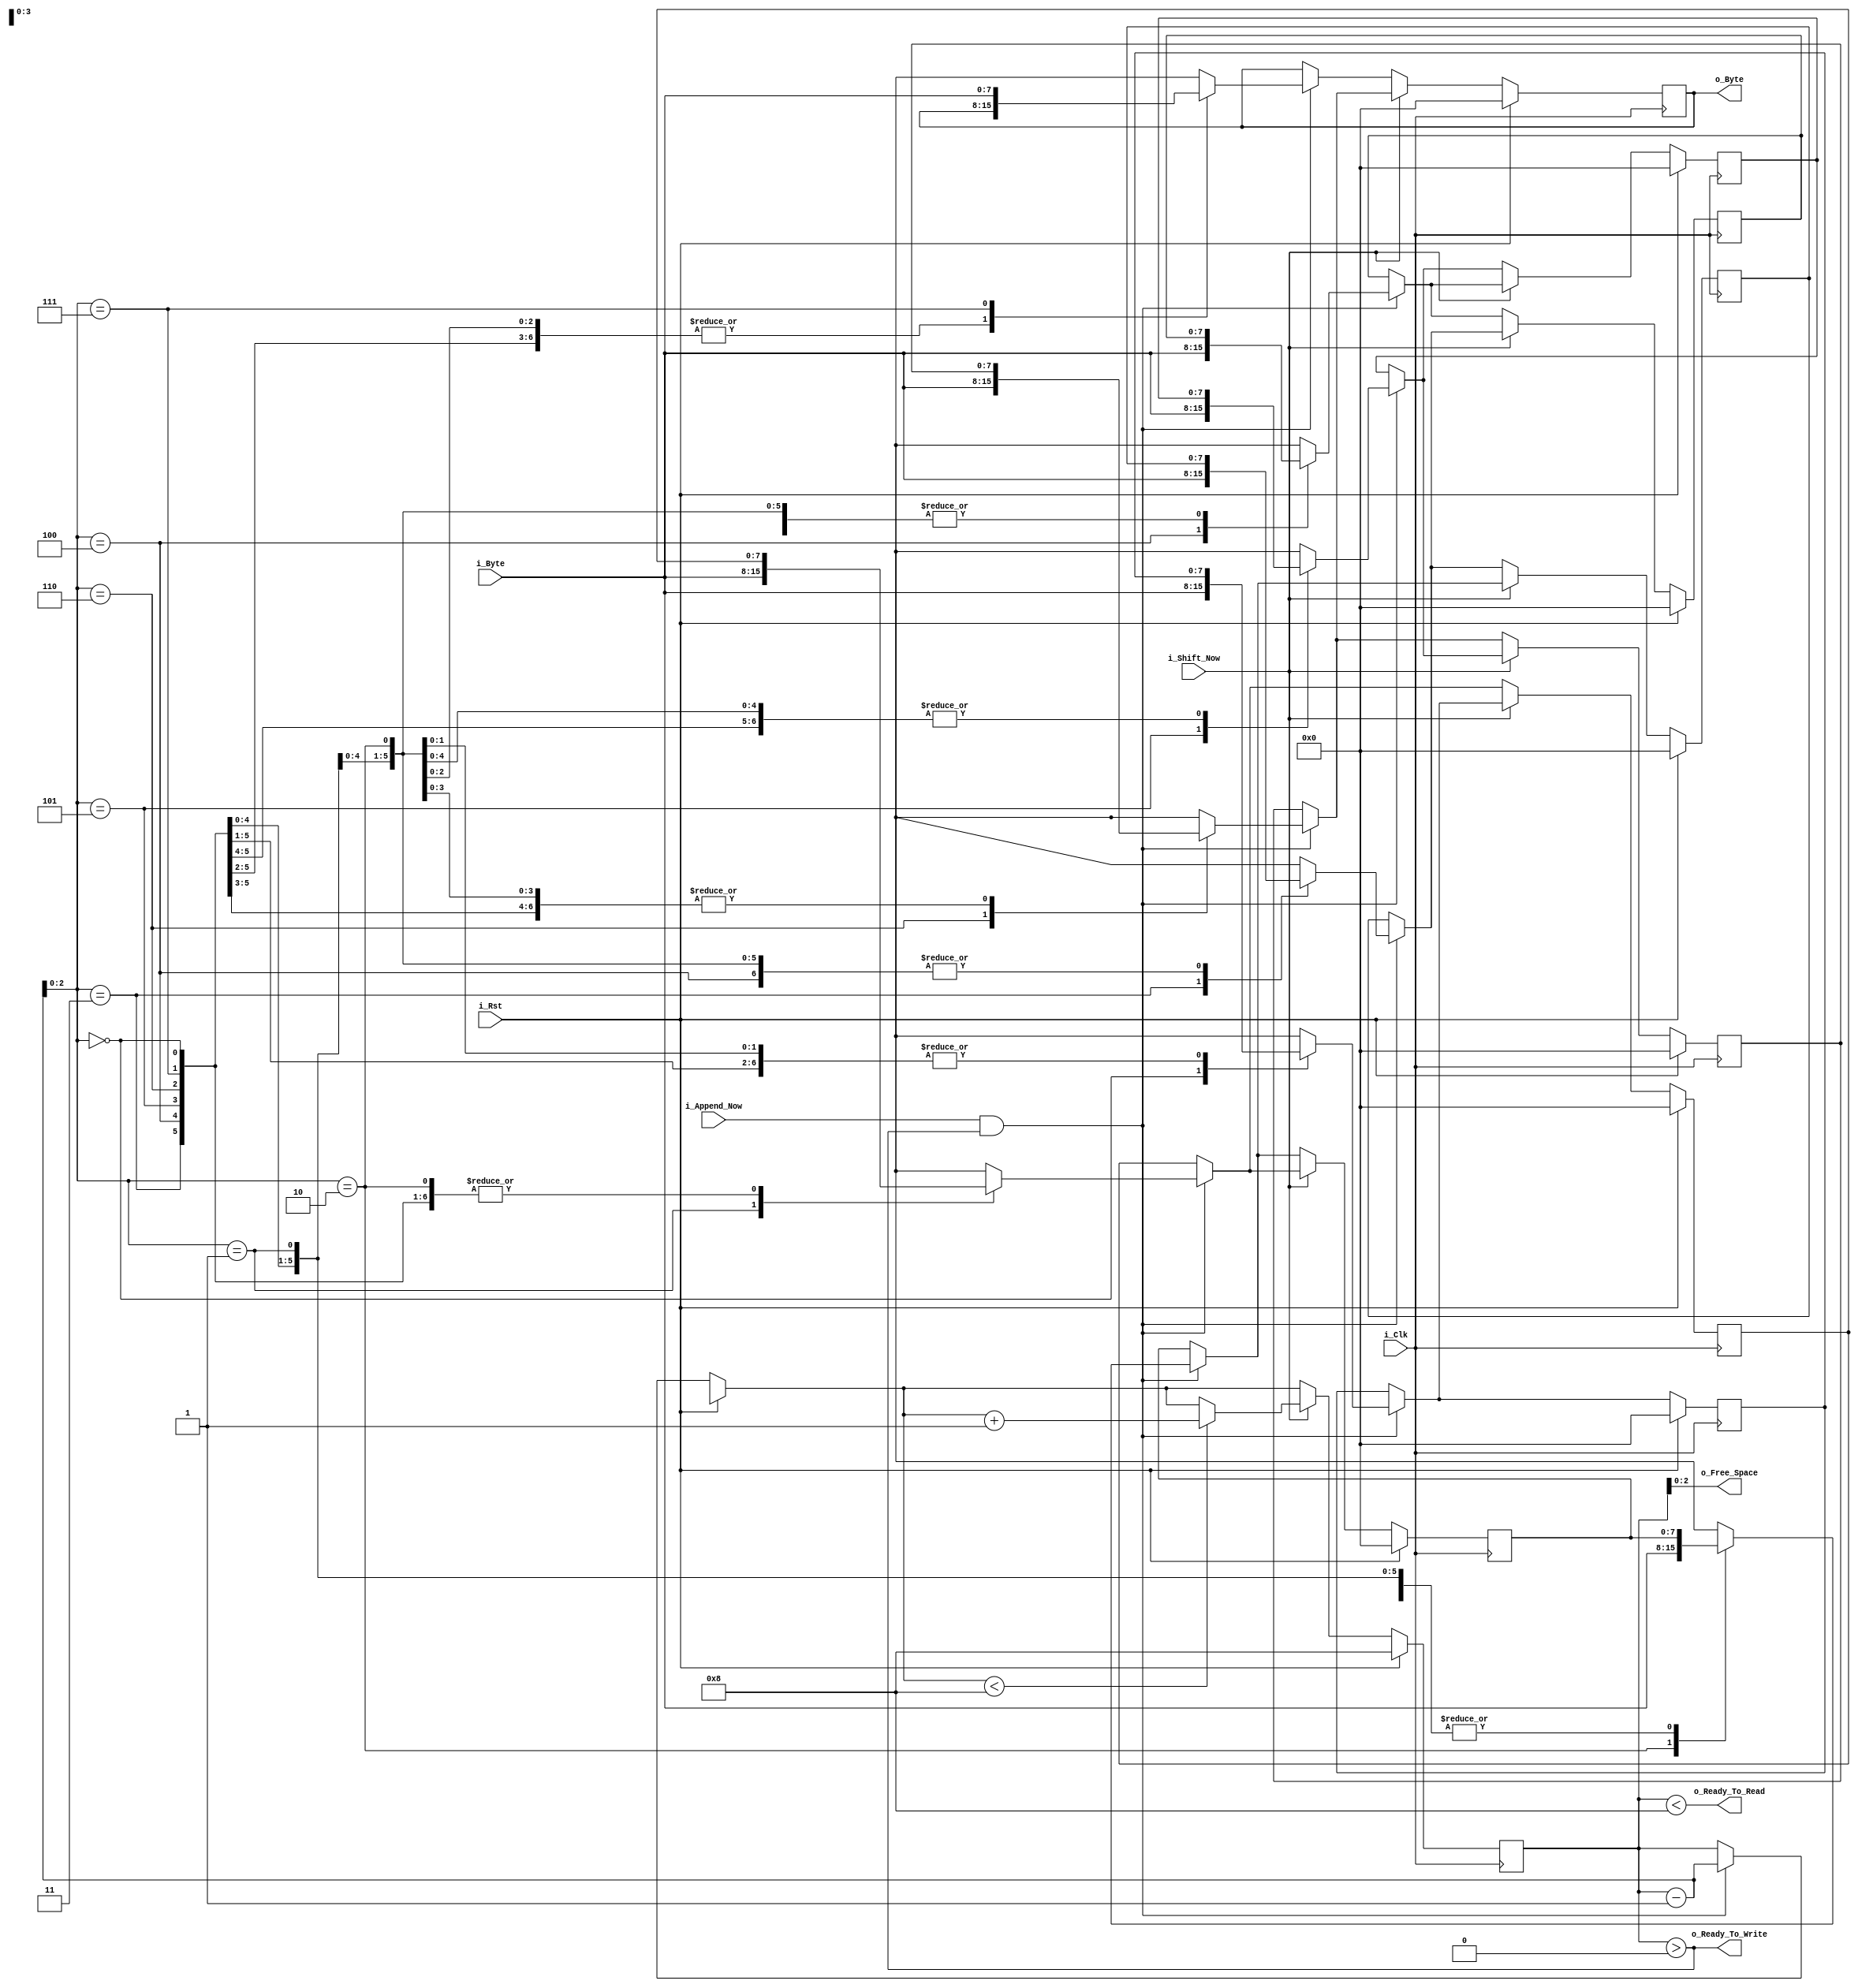
module Small_FIFO (
  input i_Rst,
  input i_Clk,
  input i_Append_Now,
  input i_Shift_Now,
  input [7:0] i_Byte,
  output [7:0] o_Byte,
  output o_Ready_To_Read,
  output o_Ready_To_Write,
  output [2:0] o_Free_Space
  );
  parameter BUFFER_SIZE = 8;
  reg [7:0] r_Memory [BUFFER_SIZE-1:0];
  reg [3:0] r_Free_Space = BUFFER_SIZE;
  
  always @(posedge i_Clk) begin
    if (i_Rst == 1'b1) begin
      r_Memory[7] = 8'b0;
      r_Memory[6] = 8'b0;
      r_Memory[5] = 8'b0;
      r_Memory[4] = 8'b0;
      r_Memory[3] = 8'b0;
      r_Memory[2] = 8'b0;
      r_Memory[1] = 8'b0;
      r_Memory[0] = 8'b0;
      r_Free_Space = BUFFER_SIZE;
    end else begin
      if (i_Append_Now == 1'b1 && r_Free_Space > 0) begin
        r_Memory[r_Free_Space-1] = i_Byte;
        r_Free_Space = r_Free_Space - 1;
      end
      if (i_Shift_Now == 1'b1) begin
        if (r_Free_Space < BUFFER_SIZE)
          r_Free_Space = r_Free_Space + 1;
        r_Memory[7] = r_Memory[6];
        r_Memory[6] = r_Memory[5];
        r_Memory[5] = r_Memory[4];
        r_Memory[4] = r_Memory[3];
        r_Memory[3] = r_Memory[2];
        r_Memory[2] = r_Memory[1];
        r_Memory[1] = r_Memory[0];
      end
    end
  end
  
  assign o_Byte = r_Memory[BUFFER_SIZE-1];
  assign o_Free_Space = r_Free_Space;
  assign o_Ready_To_Read = r_Free_Space < BUFFER_SIZE;
  assign o_Ready_To_Write = r_Free_Space > 0;
endmodule